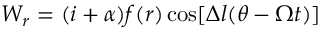
W _ { r } = ( i + \alpha ) f ( r ) \cos [ \Delta l ( \theta - \Omega t ) ]